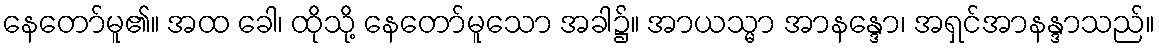
နေတော်မူ၏။ အထ ခေါ၊ ထိုသို့ နေတော်မူသော အခါ၌။ အာယသ္မာ အာနန္ဒော၊ အရှင်အာနန္ဒာသည်။